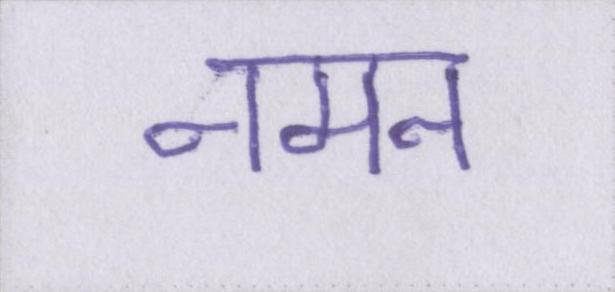
नमन